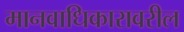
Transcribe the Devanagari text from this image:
मानवाधिकारावरील